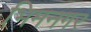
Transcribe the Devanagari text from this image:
भिमनगर